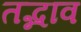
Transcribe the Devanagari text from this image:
तद्भाव